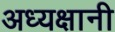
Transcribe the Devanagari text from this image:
अध्यक्षानी